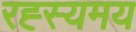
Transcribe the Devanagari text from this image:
रह्स्यमय